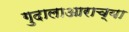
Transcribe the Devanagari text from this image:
गुदालाआराच्या